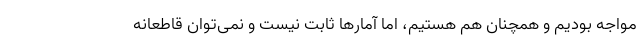
مواجه بودیم و همچنان هم هستیم، اما آمارها ثابت نیست و نمی‌توان قاطعانه